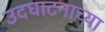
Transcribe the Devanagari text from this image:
उदघाटनाच्या